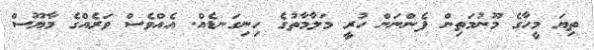
ތިޔަ މީހާގެ މޫނުމަތިން ފެންނަން ހުރީ މަލާމާތުގެ ހިނިގަނޑެއް. އެއްވެސް ވަރެއްގެ މާޔޫސް